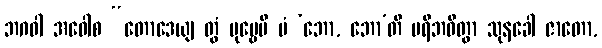
ဘဂဝါ အဝေါစ “တောဒေယျ တွံ ပုဗ္ဗေပိ မံ ‘ဘော, ဘော’တိ ပရိဘဝိတွာ သုနခေါ ဇာတော,